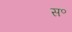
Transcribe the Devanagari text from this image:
स॰